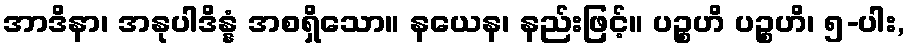
အာဒိနာ၊ အနုပါဒိန္နံ အစရှိသော။ နယေန၊ နည်းဖြင့်။ ပဉ္စဟိ ပဉ္စဟိ၊ ၅-ပါး,